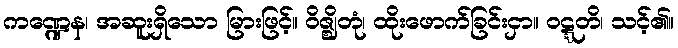
ကဏ္ဍေန၊ အဆူးရှိသော မြားဖြင့်။ ဝိဇ္ဈိတုံ၊ ထိုးဖောက်ခြင်းငှာ။ ဝဋ္ဋတိ၊ သင့်၏။